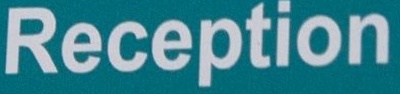
Reception